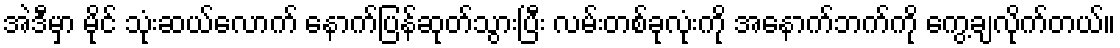
အဲဒီမှာ မိုင် သုံးဆယ်လောက် နောက်ပြန်ဆုတ်သွားပြီး လမ်းတစ်ခုလုံးကို အနောက်ဘက်ကို ကွေ့ချလိုက်တယ်။